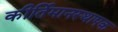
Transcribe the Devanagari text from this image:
कीर्तिमानस्थापक